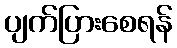
ပျက်ပြားစေရန်